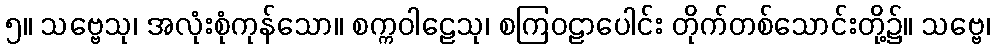
၅။ သဗ္ဗေသု၊ အလုံးစုံကုန်သော။ စက္ကဝါဠေသု၊ စကြဝဠာပေါင်း တိုက်တစ်သောင်းတို့၌။ သဗ္ဗေ၊